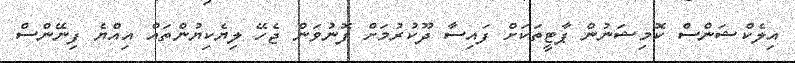
އިލެކްޝަންސް ކޮމިޝަނުން ޕާޓީތަކަށް ފައިސާ ދޫކުރުމަށް ފޮނުވަން ޖެހޭ ލިޔެކިޔުންތައް އިއްޔެ ފިނޭންސް